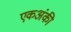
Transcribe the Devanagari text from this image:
एकअंकी